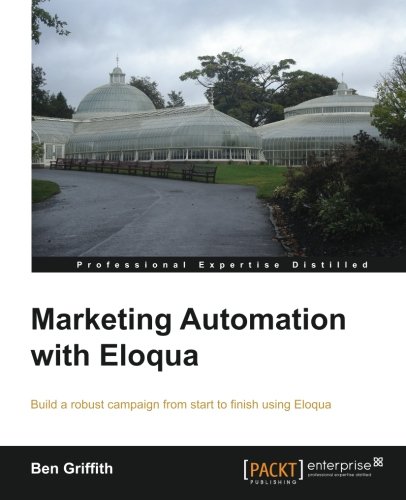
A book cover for Marketing Automation with Eloqua; Ben Griffith; Computers & Technology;